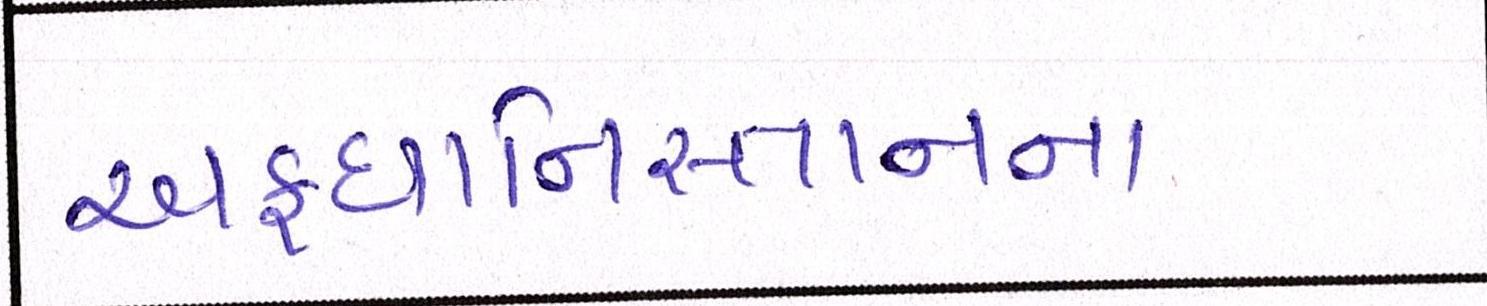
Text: અફઘાનિસ્તાનના